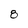
Character: 8